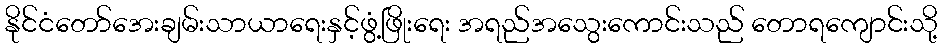
နိုင်ငံတော်အေးချမ်းသာယာရေးနှင့်ဖွံ့ဖြိုးရေး အရည်အသွေးကောင်းသည် တောရကျောင်းသို့